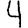
Digit: 4